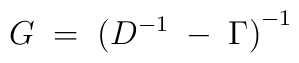
G \;=\; {( D^{-1} \;-\; \Gamma ) }^{-1} \;